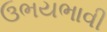
ઉભયભાવી